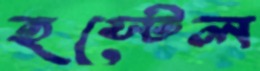
হস্টেল